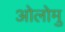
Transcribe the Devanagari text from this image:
ओलोमु